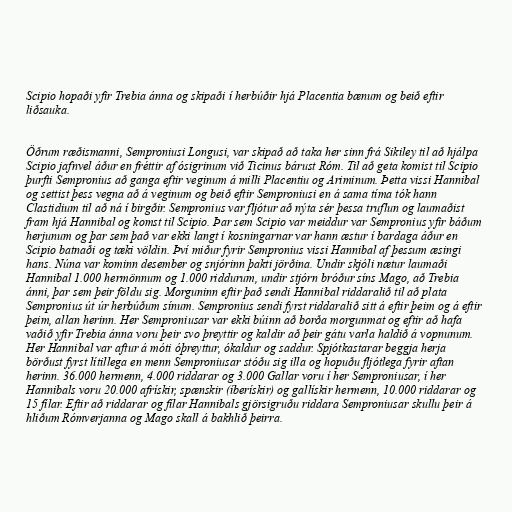
Scipio hopaði yfir Trebia ánna og skipaði í herbúðir hjá Placentia bænum og beið eftir
liðsauka.

Öðrum ræðismanni, Semproniusi Longusi, var skipað að taka her sinn frá Sikiley til að hjálpa
Scipio jafnvel áður en fréttir af ósigrinum við Ticinus bárust Róm. Til að geta komist til Scipio
þurfti Sempronius að ganga eftir veginum á milli Placentiu og Ariminum. Þetta vissi Hannibal
og settist þess vegna að á veginum og beið eftir Semproniusi en á sama tíma tók hann
Clastidium til að ná í birgðir. Sempronius var fljótur að nýta sér þessa truflun og laumaðist
fram hjá Hannibal og komst til Scipio. Þar sem Scipio var meiddur var Sempronius yfir báðum
herjunum og þar sem það var ekki langt í kosningarnar var hann æstur í bardaga áður en
Scipio batnaði og tæki völdin. Því miður fyrir Sempronius vissi Hannibal af þessum æsingi
hans. Núna var kominn desember og snjórinn þakti jörðina. Undir skjóli nætur laumaði
Hannibal 1.000 hermönnum og 1.000 riddurum, undir stjórn bróður síns Mago, að Trebia
ánni, þar sem þeir földu sig. Morguninn eftir það sendi Hannibal riddaralið til að plata
Sempronius út úr herbúðum sínum. Sempronius sendi fyrst riddaralið sitt á eftir þeim og á eftir
þeim, allan herinn. Her Semproniusar var ekki búinn að borða morgunmat og eftir að hafa
vaðið yfir Trebia ánna voru þeir svo þreyttir og kaldir að þeir gátu varla haldið á vopnunum.
Her Hannibal var aftur á móti óþreyttur, ókaldur og saddur. Spjótkastarar beggja herja
börðust fyrst lítillega en menn Semproniusar stóðu sig illa og hopuðu fljótlega fyrir aftan
herinn. 36.000 hermenn, 4.000 riddarar og 3.000 Gallar voru í her Semproniusar, í her
Hannibals voru 20.000 afrískir, spænskir (íberískir) og gallískir hermenn, 10.000 riddarar og
15 fílar. Eftir að riddarar og fílar Hannibals gjörsigruðu riddara Semproniusar skullu þeir á
hliðum Rómverjanna og Mago skall á bakhlið þeirra.